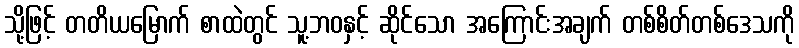
သို့ဖြင့် တတိယမြောက် စာထဲတွင် သူ့ဘဝနှင့် ဆိုင်သော အကြောင်းအချက် တစ်စိတ်တစ်ဒေသကို